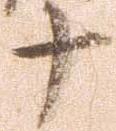
十